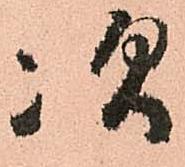
次